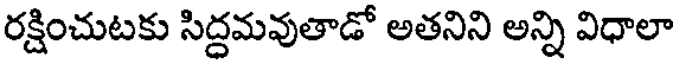
రక్షించుటకు సిద్దమవుతాడో అతనిని అన్ని విధాలా